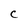
Character: C